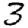
Digit: 3